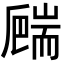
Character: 𦓙